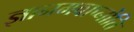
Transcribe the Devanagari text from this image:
ज्ञानमवाप्नोति